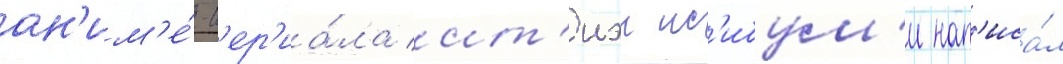
ан'им'е́-с'ер'иа́ла ит'иэи ис'ибум'и нап'иса́л